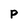
Character: p